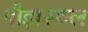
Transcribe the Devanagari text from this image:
पीड़ास्थल